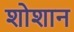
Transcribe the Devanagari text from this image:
शोशान